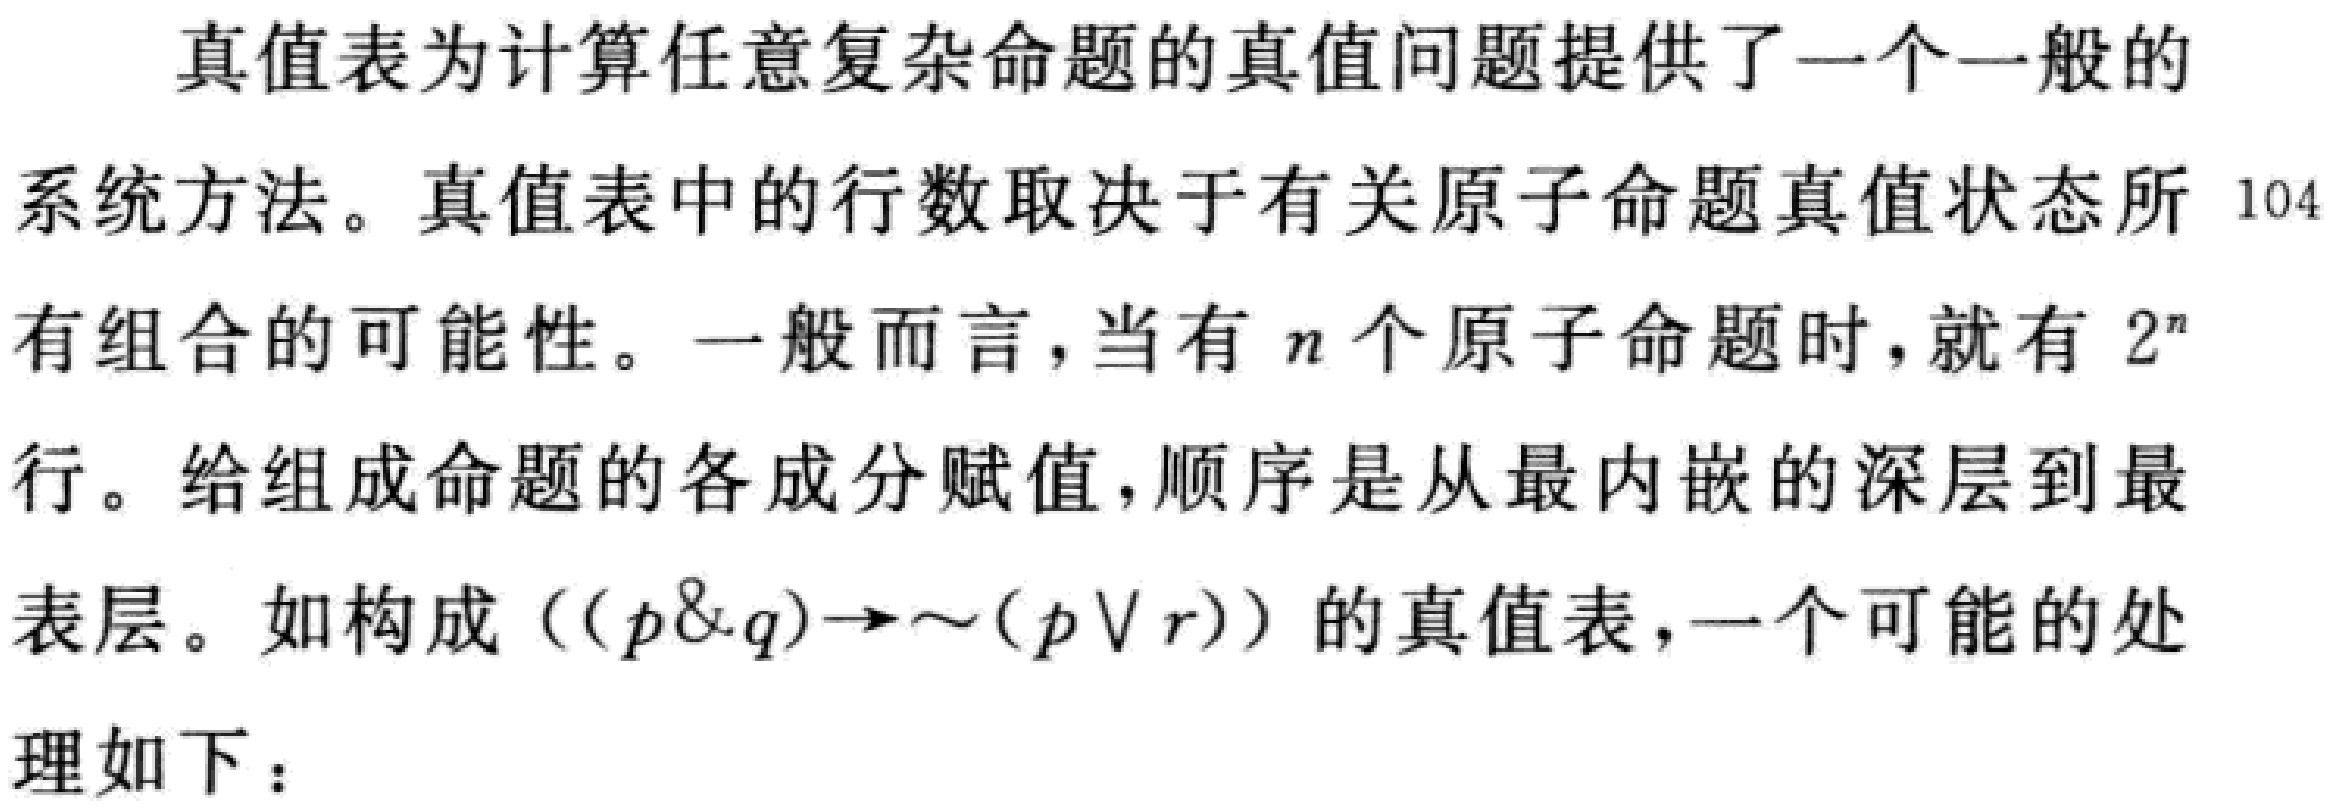
真值表为计算任意复杂命题的真值问题提供了一个一般的
系统方法。真值表中的行数取决于有关原子命题真值状态所 104
有组合的可能性。一般而言，当有 \(n\) 个原子命题时，就有 \(2^{n}\)
行。给组成命题的各成分赋值，顺序是从最内嵌的深层到最
表层。如构成\(((p\&q)\to\sim(p\vee r))\)的真值表，一个可能的处
理如下：